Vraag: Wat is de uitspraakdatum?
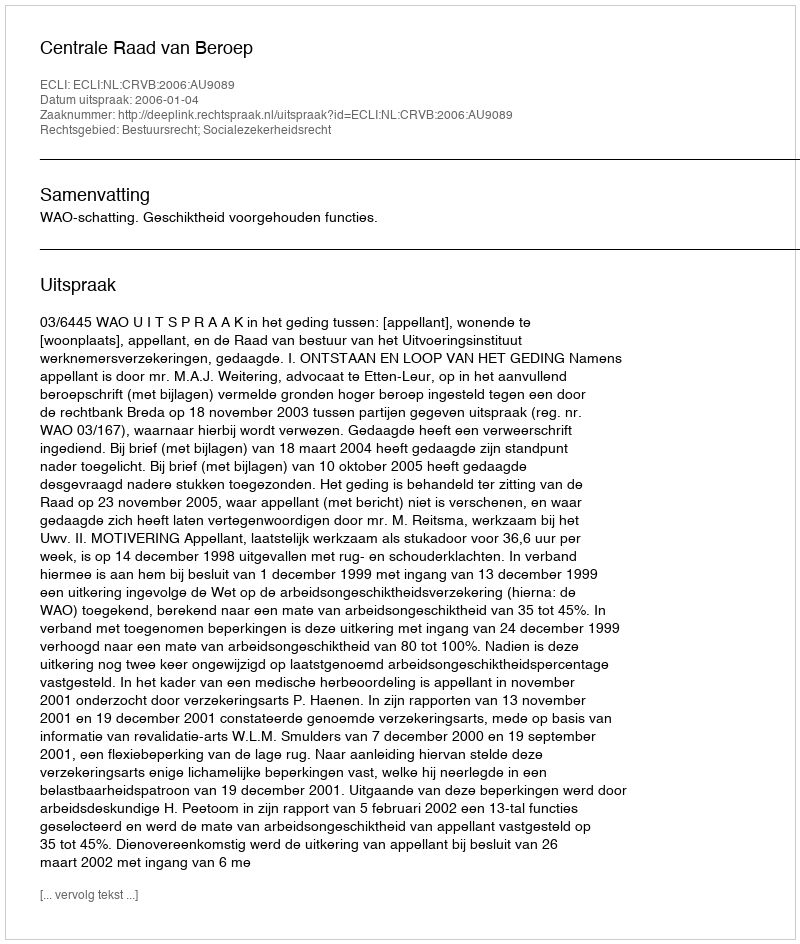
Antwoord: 2006-01-04